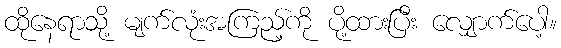
ထိုနေရာသို့ မျက်လုံးအကြည့်ကို ပို့ထားပြီး လျှောက်ပေါ့။